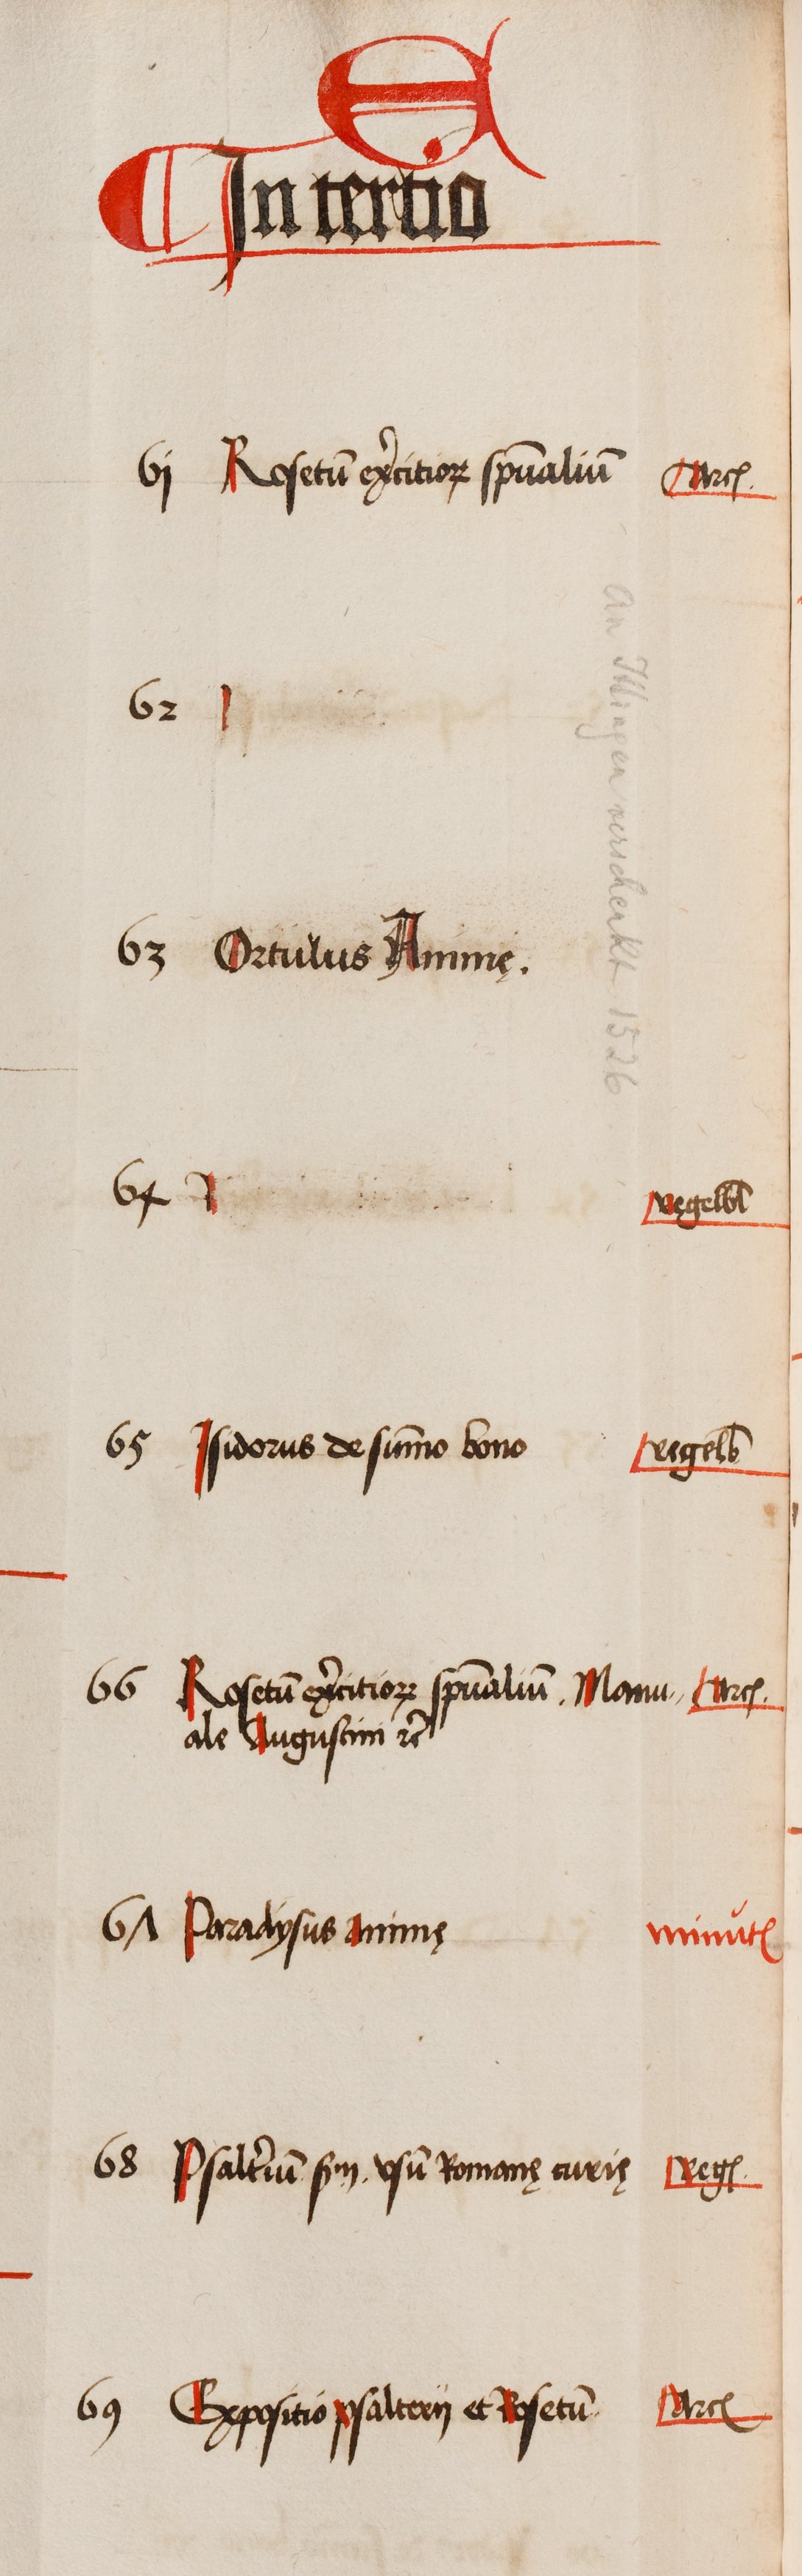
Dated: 1505–1535